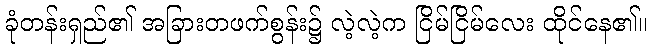
ခုံတန်းရှည်၏ အခြားတဖက်စွန်း၌ လဲ့လဲ့က ငြိမ်ငြိမ်လေး ထိုင်နေ၏။